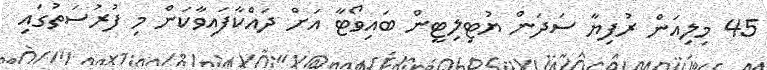
45 މިލިއަން ރުފިޔާ ސަދަން ޔުޓިލިޓީން ބައިވޯޓާ އަށް ދައްކާފައިވާކަން މި ފުރުސަތުގައި